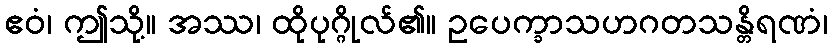
ဧဝံ၊ ဤသို့။ အဿ၊ ထိုပုဂ္ဂိုလ်၏။ ဥပေက္ခာသဟဂတသန္တိရဏံ၊